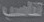
تناسب